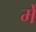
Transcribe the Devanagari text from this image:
र्में